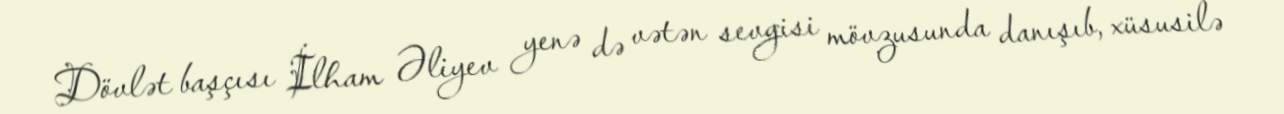
Dövlət başçısı İlham Əliyev yenə də vətən sevgisi mövzusunda danışıb, xüsusilə